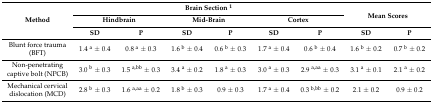
| <ROWSPAN=3> Method | <COLSPAN=6> Brain Section 1 | <ROWSPAN=2-COLSPAN=2> Mean Scores |
 | <COLSPAN=2> Hindbrain | <COLSPAN=2> Mid-Brain | <COLSPAN=2> Cortex |
 | SD | P | SD | P | SD | P | SD | P |
 | --- | --- | --- | --- | --- | --- | --- | --- | --- |
 | Blunt force trauma (BFT) | 1.4 a ± 0.4 | 0.8 a ± 0.3 | 1.6 b ± 0.4 | 0.6 b ± 0.3 | 1.7 a ± 0.4 | 0.6 b ± 0.4 | 1.6 b ± 0.2 | 0.7 b ± 0.2 |
 | Non-penetrating captive bolt (NPCB) | 3.0 b ± 0.3 | 1.5 a,bb ± 0.3 | 3.4 a ± 0.2 | 1.8 a ± 0.3 | 3.0 a ± 0.3 | 2.9 a,aa ± 0.3 | 3.1 a ± 0.1 | 2.1 a ± 0.2 |
 | Mechanical cervical dislocation (MCD) | 2.8 b ± 0.3 | 1.6 a,aa ± 0.2 | 1.8 b ± 0.3 | 0.9 ± 0.3 | 1.7 a ± 0.4 | 0.3 b,bb ± 0.2 | 2.1 ± 0.2 | 0.9 ± 0.2 |